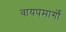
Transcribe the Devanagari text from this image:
वायपमार्गों